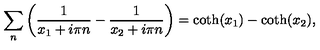
\sum _ { n } \left( \frac { 1 } { x _ { 1 } + i \pi n } - \frac { 1 } { x _ { 2 } + i \pi n } \right) = \coth ( x _ { 1 } ) - \coth ( x _ { 2 } ) ,